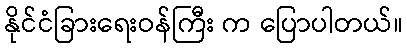
နိုင်ငံခြားရေးဝန်ကြီး က ပြောပါတယ်။